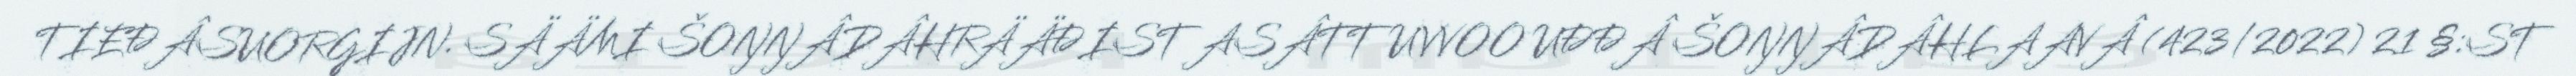
TIEĐÂSUORGIJN. SÄÄMI ŠOŊŊÂDÂHRÄÄĐIST ASÂTTUVVOO UĐĐÂ ŠOŊŊÂDÂHLAAVÂ (423/2022) 21 §:ST